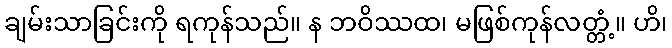
ချမ်းသာခြင်းကို ရကုန်သည်။ န ဘဝိဿထ၊ မဖြစ်ကုန်လတ္တံ့။ ဟိ၊